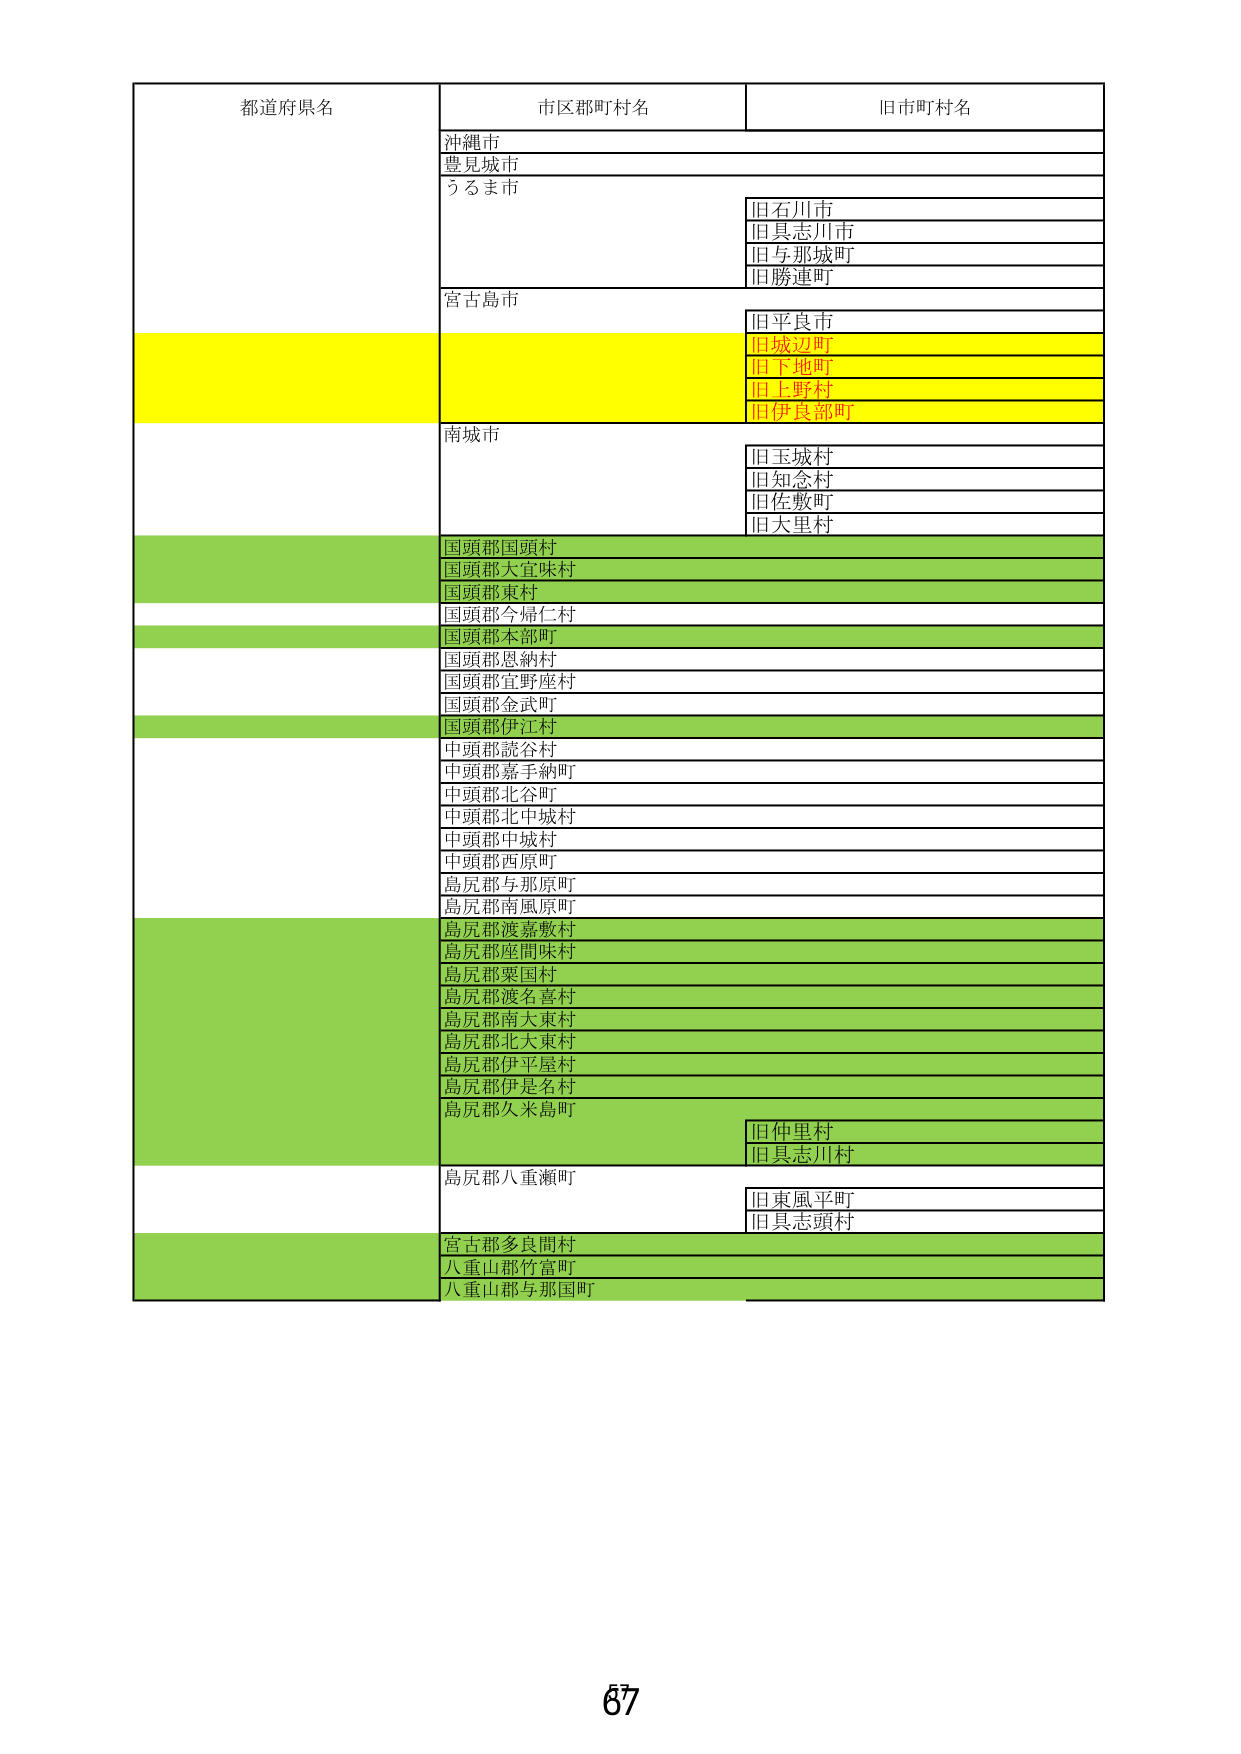
都道府県名
市区郡町村名
旧市町村名
沖縄市
豊見城市
うるま市
旧石川市
旧具志川市
旧与那城町
旧勝連町
宮古島市
旧平良市
旧城辺町
旧下地町
旧上野村
旧伊良部町
南城市
旧玉城村
旧知念村
旧佐敷町
旧大里村
国頭郡国頭村
国頭郡大宜味村
国頭郡東村
国頭郡今帰仁村
国頭郡本部町
国頭郡恩納村
国頭郡宜野座村
国頭郡金武町
国頭郡伊江村
中頭郡読谷村
中頭郡嘉手納町
中頭郡北谷町
中頭郡北中城村
中頭郡中城村
中頭郡西原町
島尻郡与那原町
島尻郡南風原町
島尻郡渡嘉敷村
島尻郡座間味村
島尻郡粟国村
島尻郡渡名喜村
島尻郡南大東村
島尻郡北大東村
島尻郡伊平屋村
島尻郡伊是名村
島尻郡久米島町
旧仲里村
旧具志川村
島尻郡八重瀬町
旧東風平町
旧具志頭村
宮古郡多良間村
八重山郡竹富町
八重山郡与那国町
67